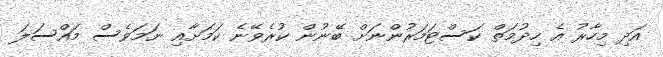
އަދި މިހާރު އެ ހިދުމަތް ކަސްޓަމަރުންނަށް ބޭނުން ކުރެވޭނެ ކަމަށާއި ނަމަވެސް މައްސަލަ